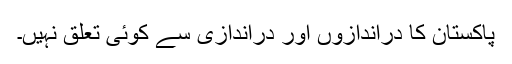
پاکستان کا دراندازوں اور دراندازی سے کوئی تعلق نہیں۔